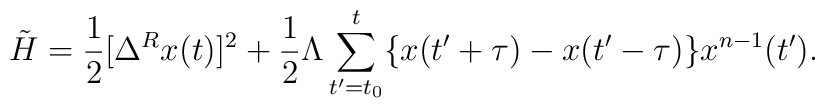
\tilde{H}=\frac{1}{2}[\Delta^Rx(t)]^2+\frac{1}{2}\Lambda \sum_{t^{\prime}=t_0}^{t}\{x(t^{\prime}+\tau)-x(t^{\prime}-\tau)\}x^{n-1}(t^{\prime}).